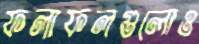
ফলাফলগুলোও